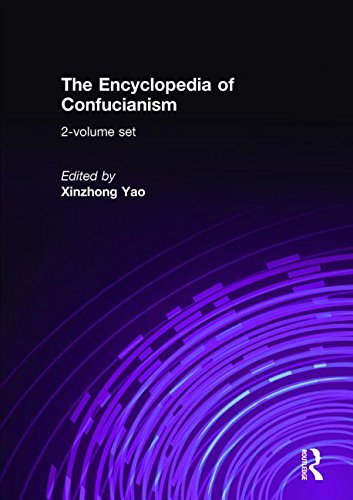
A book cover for The Encyclopedia of Confucianism: 2-volume set (Routledgecurzon Encyclopedias of Religion); Religion & Spirituality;